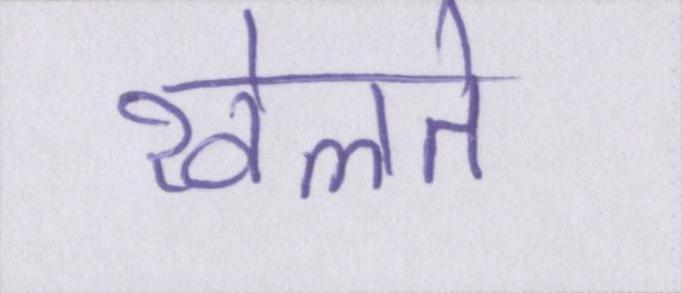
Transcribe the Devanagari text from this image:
खेलते